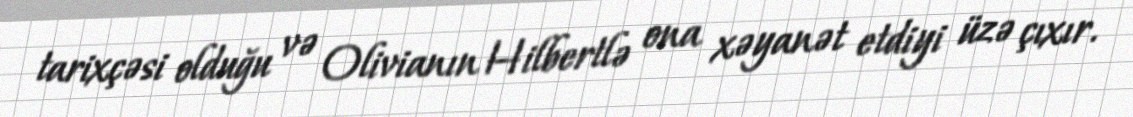
tarixçəsi olduğu və Olivianın Hilbertlə ona xəyanət etdiyi üzə çıxır.